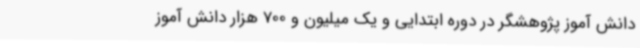
دانش آموز پژوهشگر در دوره ابتدایی و یک میلیون و 700 هزار دانش آموز